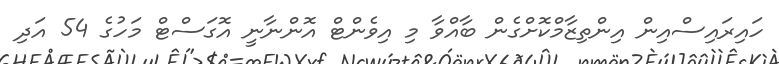
ހައިރައިސްއިން އިންތިޒާމްކޮށްގެން ބާއްވާ މި އިވެންޓް އޮންނާނީ އޮގަސްޓް މަހުގެ 54 އަދި